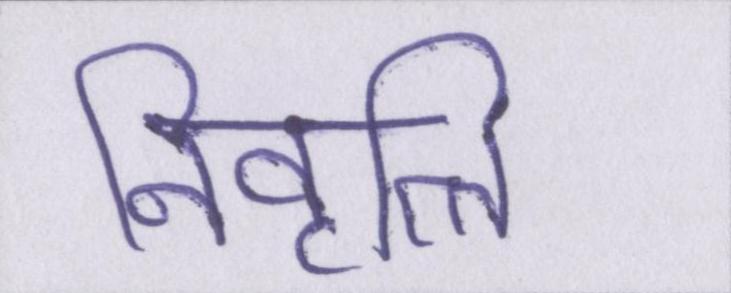
निवृत्ति